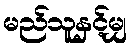
မည်သူနှင့်မျှ